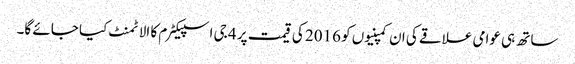
ساتھ ہی عوامی علاقے کی ان کمپنیوں کو 2016 کی قیمت پر 4 جی اسپیکٹرم کا الاٹمنٹ کیا جائے گا۔